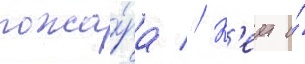
пожа́ра // К'еит и́